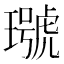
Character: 𤩭